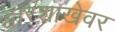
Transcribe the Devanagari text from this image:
द्वारशाखेवर